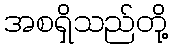
အစရှိသည်တို့